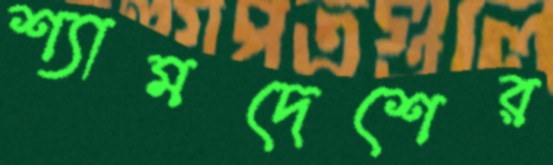
শ্যামদেশের